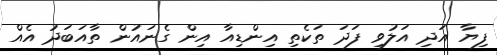
ފިޔާ އަދި އަލުވި ފަދަ ތަކެތި އިންޑިއާ އިން ގެނައުން ތާއަބަދު އެއް